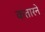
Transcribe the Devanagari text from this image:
कतारने